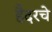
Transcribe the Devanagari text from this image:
हैदरचे